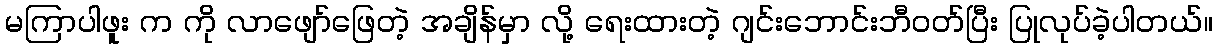
မကြာပါဖူး က ကို လာဖျော်ဖြေတဲ့ အချိန်မှာ လို့ ရေးထားတဲ့ ဂျင်းဘောင်းဘီဝတ်ပြီး ပြုလုပ်ခဲ့ပါတယ်။